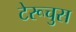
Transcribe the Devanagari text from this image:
टेरूचुस